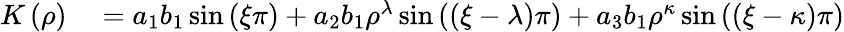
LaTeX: \begin{array}{rl}{K\left(\rho\right)}&{{}=a_{1}b_{1}\sin\left(\xi\pi\right)+a_{2}b_{1}\rho^{\lambda}\sin\left(\left(\xi-\lambda\right)\pi\right)+a_{3}b_{1}\rho^{\kappa}\sin\left(\left(\xi-\kappa\right)\pi\right)}\end{array}